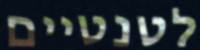
לטנטיים